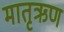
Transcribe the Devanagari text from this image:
मातृऋण